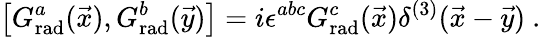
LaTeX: \left[G_{\mathrm{rad}}^{a}(\vec{x}),G_{\mathrm{rad}}^{b}(\vec{y})\right]=i\epsilon^{abc}G_{\mathrm{rad}}^{c}(\vec{x})\delta^{(3)}(\vec{x}-\vec{y})\ .